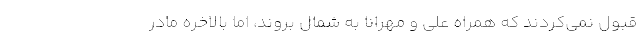
قبول نمی‌کردند که همراه علی و مهرانا به شمال بروند، اما بالاخره مادر